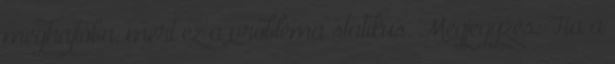
meghajtóba, mert ez a probléma statikus. Megjegyzés: Ha a